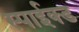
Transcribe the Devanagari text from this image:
स्पाईक्ड